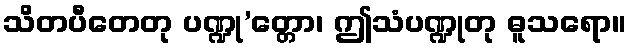
သိတပီတေတု ပဏ္ဍု’တ္တော၊ ဤသံပဏ္ဍုတု ဓူသရော။